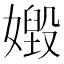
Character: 𡢶